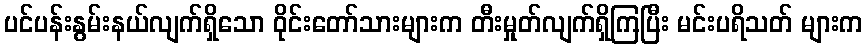
ပင်ပန်းနွမ်းနယ်လျက်ရှိသော ဝိုင်းတော်သားများက တီးမှုတ်လျက်ရှိကြပြီး မင်းပရိသတ် များက